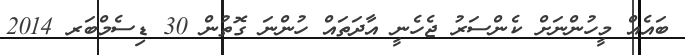
ބައެއް މީހުންނަށް ކެންސަރު ޖެހެނީ އާދަތައް ހުންނަ ގޮތުން 30 ޑިސެމްބަރ 2014